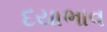
દયાભાવ